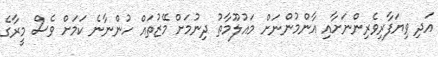
އަދި ވިޔަފާރިވެރިންނަށާއި އާންމުންނަށް މައުލޫމާތު ދިނުމަށް މޭޒުތައް ހުންނާނެ ކަމަށް ވެސް މީރާގެ